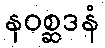
နဝစ္ဆဒနံ